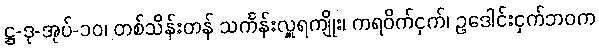
ဋ္ဌ-ဒု-အုပ်-၁၀၊ တစ်သိန်းတန် သင်္ကန်းလှူရကျိုး၊ ကရဝိက်ငှက်၊ ဥဒေါင်းငှက်ဘဝက